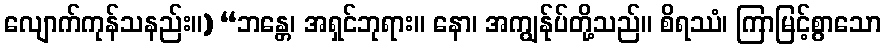
လျောက်ကုန်သနည်း။) “ဘန္တေ၊ အရှင်ဘုရား။ နော၊ အကျွန်ုပ်တို့သည်။ စိရဿံ၊ ကြာမြင့်စွာသော